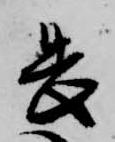
畏